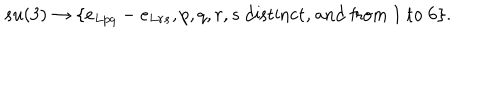
s u ( 3 ) \rightarrow \{ e _ { L p q } - e _ { L r s } , p , q , r , s \mathrm { ~ d i s t i n c t , ~ a n d ~ f r o m ~ } 1 \mathrm { ~ t o ~ } 6 \} .